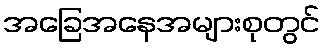
အခြေအနေအများစုတွင်